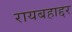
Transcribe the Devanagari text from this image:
रायबहाद्दर